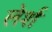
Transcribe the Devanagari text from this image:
लेर्श